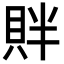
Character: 𬥓